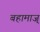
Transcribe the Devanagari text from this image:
बहामाज्